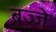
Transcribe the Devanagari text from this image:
बज्जे